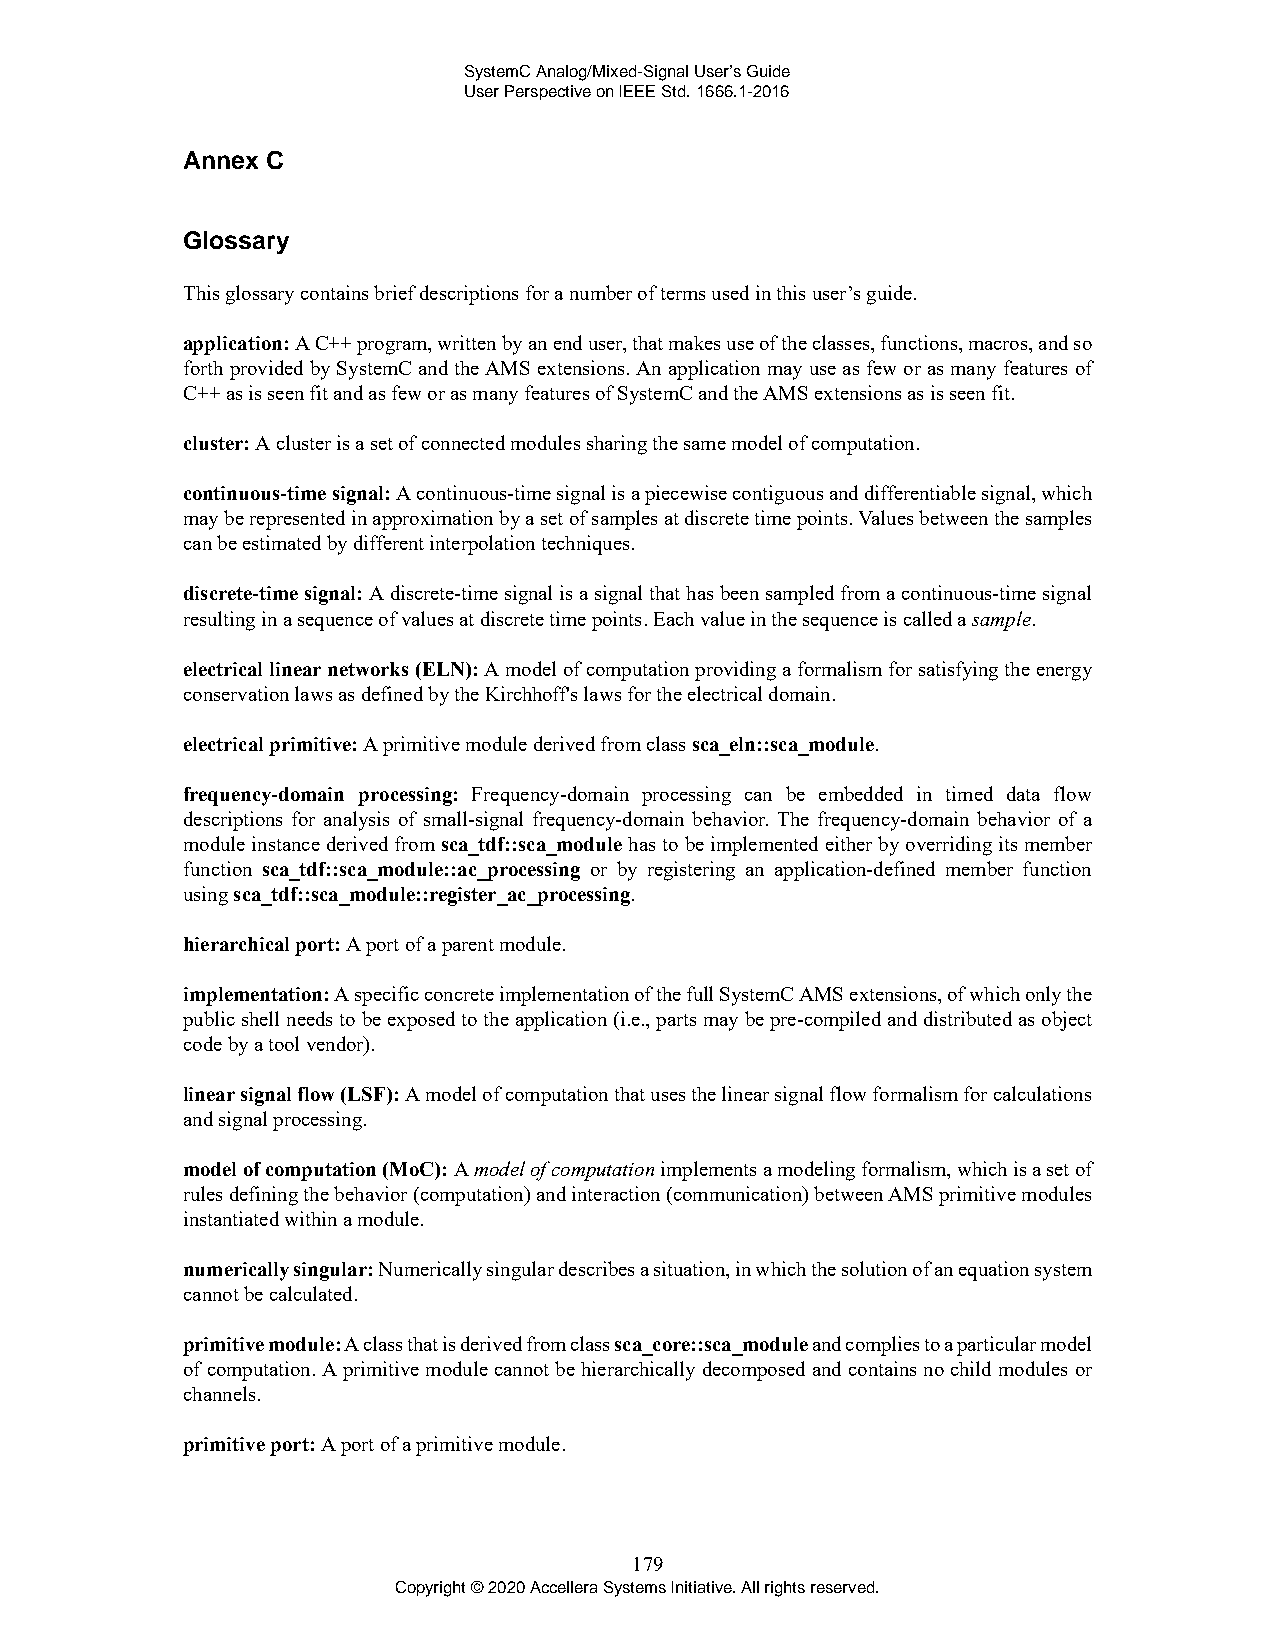
SystemC Analog/Mixed-Signal User’s Guide
 User Perspective on IEEE Std. 1666.1-2016
 Annex C
 Glossary
 This glossary contains brief descriptions for a number of terms used in this user’s guide.
 application: A C++ program, written by an end user, that makes use of the classes, functions, macros, and so
 forth provided by SystemC and the AMS extensions. An application may use as few or as many features of
 C++ as is seen fit and as few or as many features of SystemC and the AMS extensions as is seen fit.
 cluster: A cluster is a set of connected modules sharing the same model of computation.
 continuous-time signal: A continuous-time signal is a piecewise contiguous and differentiable signal, which
 may be represented in approximation by a set of samples at discrete time points. Values between the samples
 can be estimated by different interpolation techniques.
 discrete-time signal: A discrete-time signal is a signal that has been sampled from a continuous-time signal
 resulting in a sequence of values at discrete time points. Each value in the sequence is called a sample.
 electrical linear networks (ELN): A model of computation providing a formalism for satisfying the energy
 conservation laws as defined by the Kirchhoff's laws for the electrical domain.
 electrical primitive: A primitive module derived from class sca_eln::sca_module.
 frequency-domain processing: Frequency-domain processing can be embedded in timed data flow
 descriptions for analysis of small-signal frequency-domain behavior. The frequency-domain behavior of a
 module instance derived from sca_tdf::sca_module has to be implemented either by overriding its member
 function sca_tdf::sca_module::ac_processing or by registering an application-defined member function
 using sca_tdf::sca_module::register_ac_processing.
 hierarchical port: A port of a parent module.
 implementation: A specific concrete implementation of the full SystemC AMS extensions, of which only the
 public shell needs to be exposed to the application (i.e., parts may be pre-compiled and distributed as object
 code by a tool vendor).
 linear signal flow (LSF): A model of computation that uses the linear signal flow formalism for calculations
 and signal processing.
 model of computation (MoC): A model of computation implements a modeling formalism, which is a set of
 rules defining the behavior (computation) and interaction (communication) between AMS primitive modules
 instantiated within a module.
 numerically singular: Numerically singular describes a situation, in which the solution of an equation system
 cannot be calculated.
 primitive module: A class that is derived from class sca_core::sca_module and complies to a particular model
 of computation. A primitive module cannot be hierarchically decomposed and contains no child modules or
 channels.
 primitive port: A port of a primitive module.
 179
 Copyright © 2020 Accellera Systems Initiative. All rights reserved.